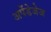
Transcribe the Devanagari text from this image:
अपेंडेजेज